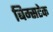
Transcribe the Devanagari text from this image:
बिम्सटेक